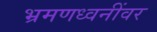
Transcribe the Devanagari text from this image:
भ्रमणध्वनींवर